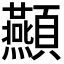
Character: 𮨤